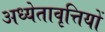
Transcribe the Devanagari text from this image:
अध्येतावृत्तियों